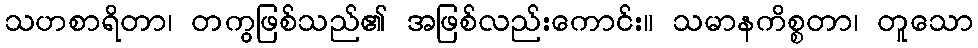
သဟစာရိတာ၊ တကွဖြစ်သည်၏ အဖြစ်လည်းကောင်း။ သမာနကိစ္စတာ၊ တူသော